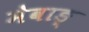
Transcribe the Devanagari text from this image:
मेवाङ्